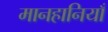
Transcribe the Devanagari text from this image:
मानहानियाँ